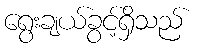
ရွေးချယ်ခွင့်ရှိသည်